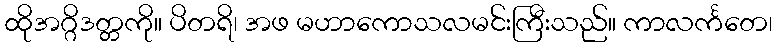
ထိုအဂ္ဂိဒတ္တကို။ ပိတရိ၊ အဖ မဟာကောသလမင်းကြီးသည်။ ကာလင်္ကတေ၊